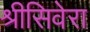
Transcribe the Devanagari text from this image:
श्रीसिवेरा